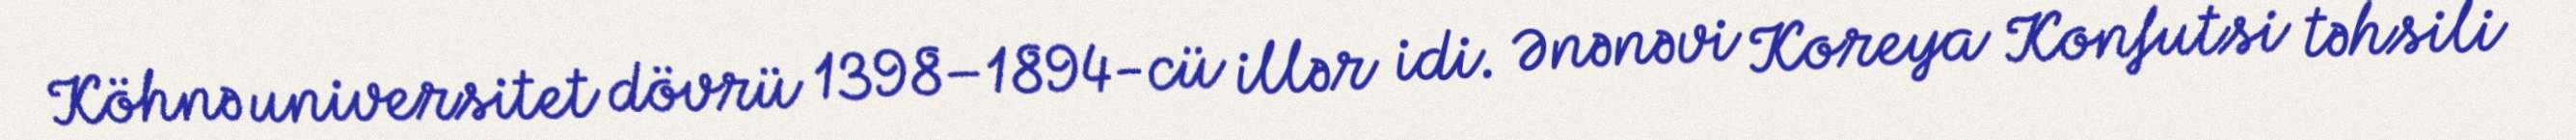
Köhnə universitet dövrü 1398–1894-cü illər idi. Ənənəvi Koreya Konfutsi təhsili